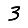
Digit: 3